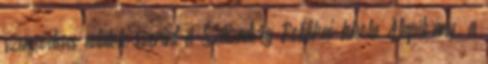
szerződéses adatok szerint a Századvég Politikai Iskola Alapítvány, a